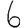
Digit: 6